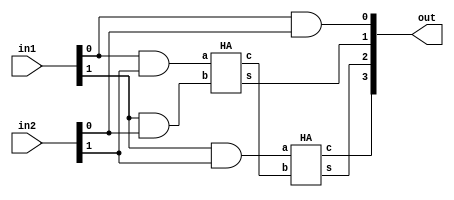
module verdic_mul_2b(
input   wire    [1:0] in1,
input   wire    [1:0] in2,
output  wire    [3:0] out
    );
wire carry;           
assign out[0]=in1[0]&in2[0];
HA ha1 (in1[0]&in2[1],in1[1]&in2[0],out[1],carry); // a,b,s,c
HA ha2 (in1[1]&in2[1],carry,out[2],out[3]);
endmodule

module HA (
input a,b,
output s,c
);
assign  s=a^b;
assign  c=a&b;
endmodule